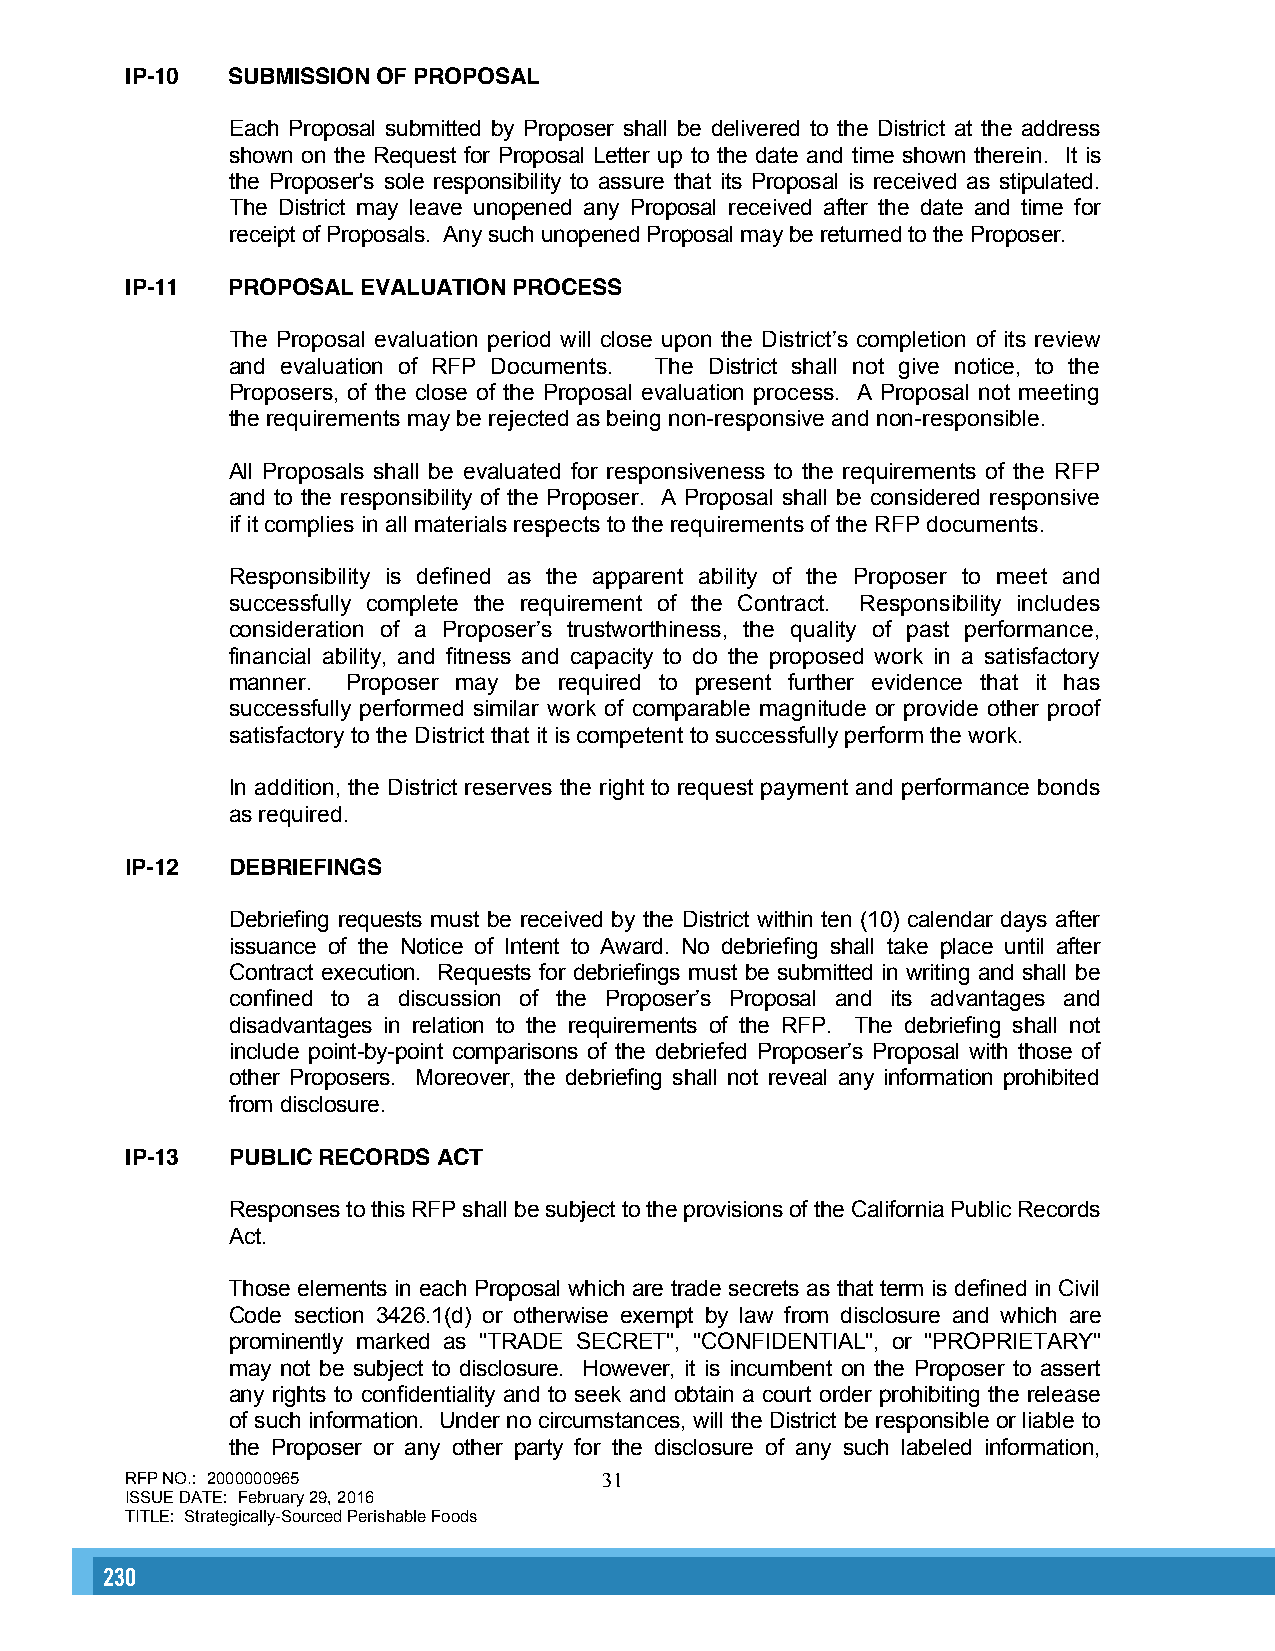
IP-10  SUBMISSION OF PROPOSAL
 Each Proposal submitted by Proposer shall be delivered to the District at the address
 shown on the Request for Proposal Letter up to the date and time shown therein. It is
 the Proposer's sole responsibility to assure that its Proposal is received as stipulated.
 The District may leave unopened any Proposal received after the date and time for
 receipt of Proposals. Any such unopened Proposal may be returned to the Proposer.
 IP-11  PROPOSAL EVALUATION PROCESS
 The Proposal evaluation period will close upon the District’s completion of its review
 and evaluation of RFP Documents. The District shall not give notice, to the
 Proposers, of the close of the Proposal evaluation process. A Proposal not meeting
 the requirements may be rejected as being non-responsive and non-responsible.
 All Proposals shall be evaluated for responsiveness to the requirements of the RFP
 and to the responsibility of the Proposer. A Proposal shall be considered responsive
 if it complies in all materials respects to the requirements of the RFP documents.
 Responsibility is defined as the apparent ability of the Proposer to meet and
 successfully complete the requirement of the Contract. Responsibility includes
 consideration of a Proposer’s trustworthiness, the quality of past performance,
 financial ability, and fitness and capacity to do the proposed work in a satisfactory
 manner. Proposer may be required to present further evidence that it has
 successfully performed similar work of comparable magnitude or provide other proof
 satisfactory to the District that it is competent to successfully perform the work.
 In addition, the District reserves the right to request payment and performance bonds
 as required.
 lP-12  DEBRIEFINGS
 Debriefing requests must be received by the District within ten (10) calendar days after
 issuance of the Notice of Intent to Award. No debriefing shall take place until after
 Contract execution. Requests for debriefings must be submitted in writing and shall be
 confined to a discussion of the Proposer’s Proposal and its advantages and
 disadvantages in relation to the requirements of the RFP. The debriefing shall not
 include point-by-point comparisons of the debriefed Proposer’s Proposal with those of
 other Proposers. Moreover, the debriefing shall not reveal any information prohibited
 from disclosure.
 IP-13  PUBLIC RECORDS ACT
 Responses to this RFP shall be subject to the provisions of the California Public Records
 Act.
 Those elements in each Proposal which are trade secrets as that term is defined in Civil
 Code section 3426.1(d) or otherwise exempt by law from disclosure and which are
 prominently marked as "TRADE SECRET", "CONFIDENTIAL", or "PROPRIETARY"
 may not be subject to disclosure. However, it is incumbent on the Proposer to assert
 any rights to confidentiality and to seek and obtain a court order prohibiting the release
 of such information. Under no circumstances, will the District be responsible or liable to
 the Proposer or any other party for the disclosure of any such labeled information,
 RFP NO.: 2000000965             31
 ISSUE DATE: February 29, 2016
 TITLE: Strategically-Sourced Perishable Foods
 230                                                                                                                                                      231